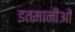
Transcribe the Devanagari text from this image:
इतमानीओं